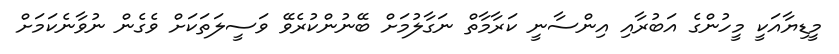
މީޑިޔާއަކީ މީހުންގެ އަބުރާއި އިންސާނީ ކަރާމާތް ނަގާލުމަށް ބޭނުންކުރެވޭ ވަސީލަތަކަށް ވެގެން ނުވާނެކަމަށް